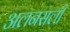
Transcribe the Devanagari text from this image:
अलनसली